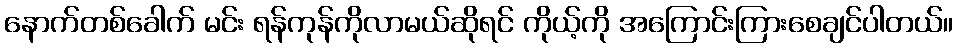
နောက်တစ်ခေါက် မင်း ရန်ကုန်ကိုလာမယ်ဆိုရင် ကိုယ့်ကို အကြောင်းကြားစေချင်ပါတယ်။